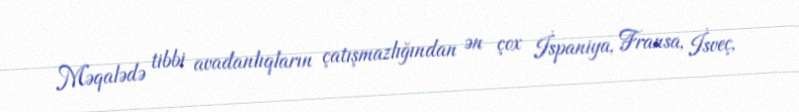
Məqalədə tibbi avadanlıqların çatışmazlığından ən çox İspaniya, Fransa, İsveç,